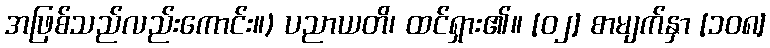
အဖြစ်သည်လည်းကောင်း။) ပညာယတိ၊ ထင်ရှား၏။ [၀၂] စာမျက်နှာ [၁၀၈]